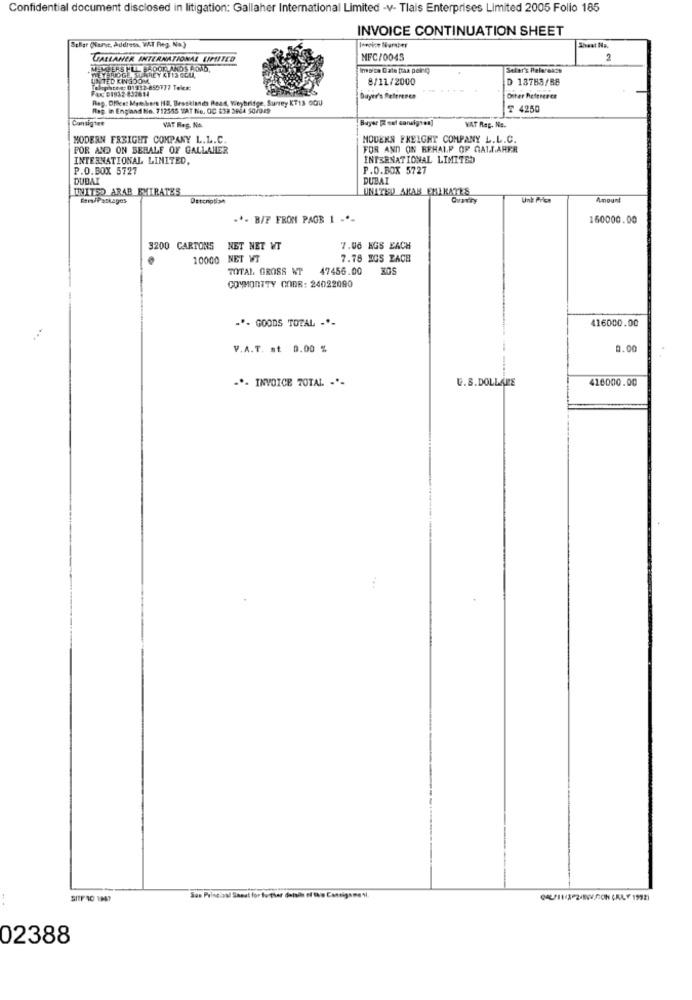
Confidential document disclosed in litigation: Gallaher International Limited -v- Tlais Enterprises Limited 2005 Folio 185
INVOICE CONTINUATION SHEET
Scher (Name, Address. WAT Reg. No)
Shaat Na.
UALLANER INTERNATIONAL UNITED
MFC/0043
2
Indica Date traa poirq
Stier's Helereass
UNITED KINGDOM
8/11/2000
D 18788/88
phtee: 01332-855177 Tes:
Rep. Offleet Members (18, Bestklands Read, Weybridge, Surrey KT13 OQU
Dayer's Referenes
Other Refererer
flag. in England No. 712555 TAT No. OC 639 3964 50/0 19
T 425
Consigtet
VAT Reg. No.
Buyer [ col consignes]
WAT Reg. No.
MODERN FRRIGHT COMPANY L.L.C.
MOUENN FREIGHT COMPANY L.L.C.
POR AND ON SERALE OF GALLAHER
FOR AND ON BEHALF OF GALLARFR
INTERNATIONAL LIMITED,
INTERNATIONAL LIMITED
P.D.BOX 5727
P.O.BOX 5727
DUBAI
DUBAI
UNITED ARAB EMIRATES
UNITED ARAB EMIRATES
Bens/Packages
Dstengtise
Amount
.*- B/F FROM PAGE 1 ..-
160000.00
3200 CARTONS NET NET WT
7.00 NGS EACH
10000 NET WT
7.78 EGS ZACE
TOTAL GROSS NT 47456.00
COMMONTTY GODR: 24022090
-*- GOODS TOTAL -.-
416000.00
V.A.T. st 0.00 %
0.00
-*- INVOICE TOTAL -*-
U.S.DOLLARE
416000.00
SITE 10 1947
San Principal Sanat for fu ther detail of the Cantigame
02388